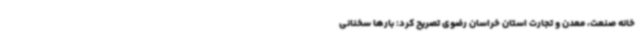
خانه صنعت، معدن و تجارت استان خراسان رضوی تصریح کرد: بارها سخنانی